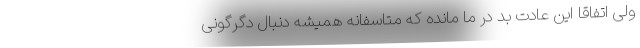
ولی اتفاقا این عادت بد در ما مانده که متاسفانه همیشه دنبال دگرگونی